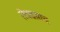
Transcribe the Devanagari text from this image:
तेवढय़ाच